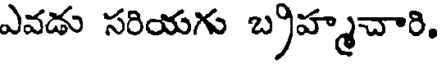
ఎవడు సరియగు బ్రహ్మచారి,